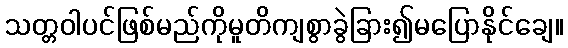
သတ္တဝါပင်ဖြစ်မည်ကိုမူတိကျစွာခွဲခြား၍မပြောနိုင်ချေ။